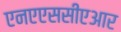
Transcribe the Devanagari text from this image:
एनएएससीएआर